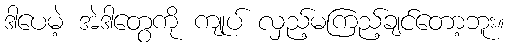
ဒါပေမဲ့ အဲဒါတွေကို ကျုပ် လှည့်မကြည့်ချင်တော့ဘူး။